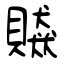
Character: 贆